Annual administration report of the Civil Veterinary Department of India - 1895-1896
Year: 1895
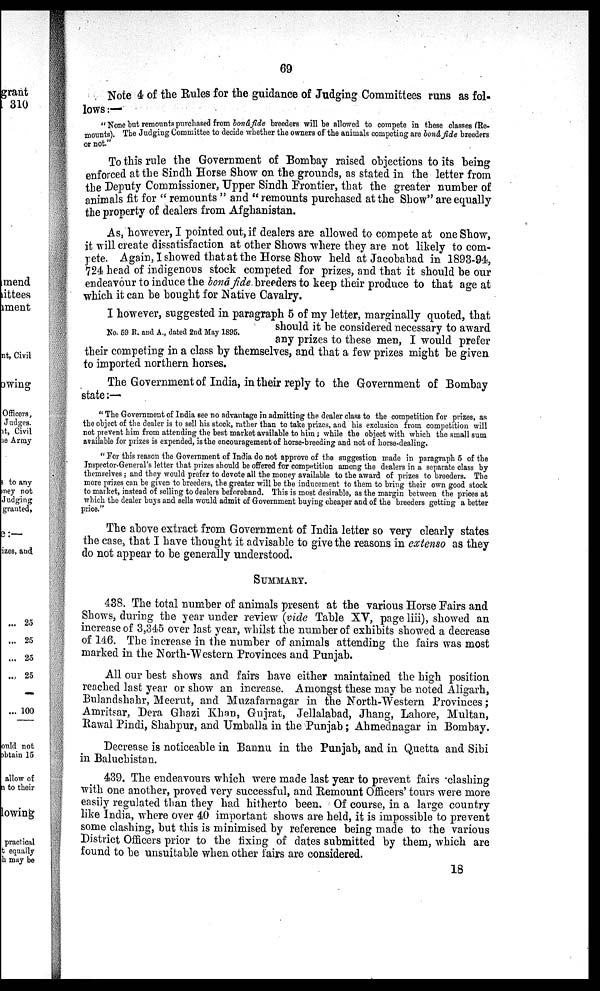
69
Note 4 of the Rules for the guidance of Judging Committees runs as fol-
lows:—
"None but remounts purchased from bonâ fide breeders will be allowed to compete in these classes (Re-
mounts). The Judging Committee to decide whether the owners of the animals competing are bonâ fide breeders
or not."
To this rule the Government of Bombay raised objections to its being
enforced at the Sindh Horse Show on the grounds, as stated in the letter from
the Deputy Commissioner, Upper Sindh Frontier, that the greater number of
animals fit for "remounts" and "remounts purchased at the Show" are equally
the property of dealers from Afghanistan.
As, however, I pointed out, if dealers are allowed to compete at one Show,
it will create dissatisfaction at other Shows where they are not likely to com-
pete. Again, I showed that at the Horse Show held at Jacobabad in 1893-94,
724 head of indigenous stock competed for prizes, and that it should be our
endeavour to induce the bonâ fide breeders to keep their produce to that age at
which it can be bought for Native Cavalry.
No. 59 R. and A., dated 2nd May 1895.
I however, suggested in paragraph 5 of my letter, marginally quoted, that
should it be considered necessary to award
any prizes to these men, I would prefer
their competing in a class by themselves, and that a few prizes might be given
to imported northern horses.
The Government of India, in their reply to the Government of Bombay
state:—
"The Government of India see no advantage in admitting the dealer class to the competition for prizes, as
the object of the dealer is to sell his stock, rather than to take prizes, and his exclusion from competition will
not prevent him from attending the best market available to him ; while the object with which the small sum
available for prizes is expended, is the encouragement of horse-breeding and not of horse-dealing.
"For this reason the Government of India do not approve of the suggestion made in paragraph 5 of the
Inspector-General's letter that prizes should be offered for competition among the dealers in a separate class by
themselves; and they would prefer to devote all the money available to the award of prizes to breeders. The
more prizes can be given to breeders, the greater will be the inducement to them to bring their own good stock
to market, instead of selling to dealers beforehand. This is most desirable, as the margin between the prices at
which the dealer buys and sells would admit of Government buying cheaper and of the breeders getting a better
price."
The above extract from Government of India letter so very clearly states
the case, that I have thought it advisable to give the reasons in extenso as they
do not appear to be generally understood.
SUMMARY.
438. The total number of animals present at the various Horse Fairs and
Shows, during the year under review (vide Table XV, page liii), showed an
increase of 3,345 over last year, whilst the number of exhibits showed a decrease
of 146. The increase in the number of animals attending the fairs was most
marked in the North-Western Provinces and Punjab.
All our best shows and fairs have either maintained the high position
reached last year or show an increase. Amongst these may be noted Aligarh,
Bulandshahr, Meerut, and Muzafarnagar in the North-Western Provinces;
Amritsar, Dera Ghazi Khan, Gujrat, Jellalabad, Jhang, Lahore, Multan,
Rawal Pindi, Shahpur, and Umballa in the Punjab; Ahmednagar in Bombay.
Decrease is noticeable in Bannu in the Punjab, and in Quetta and Sibi
in Baluchistan.
439. The endeavours which were made last year to prevent fairs clashing
with one another, proved very successful, and Remount Officers' tours were more
easily regulated than they had hitherto been. Of course, in a large country
like India, where over 40 important shows are held , it is impossible to prevent
some clashing, but this is minimised by reference being made to the various
District Officers prior to the fixing of dates submitted by them, which are
found to be unsuitable when other fairs are considered.
18